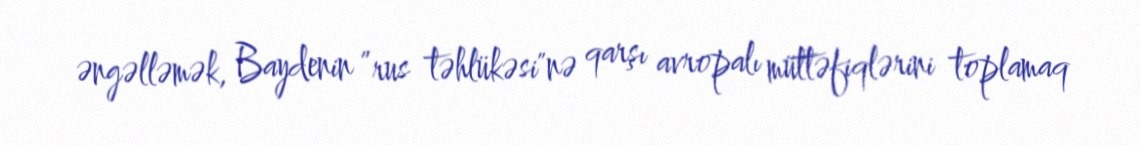
əngəlləmək, Baydenin ”rus təhlükəsi"nə qarşı avropalı müttəfiqlərini toplamaq